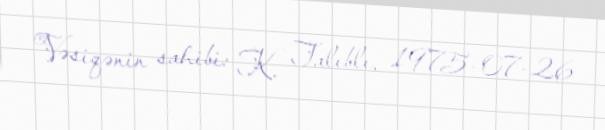
Vəsiqənin sahibi: K. Talıblı, 1975-07-26